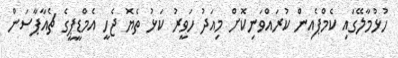
ހުޅުމާލޭގައި ކެމްޕެއިން ކުރައްވަނިކޮށް މިއަދު ހަވީރު ކަޅު ތެޔޮ ޖެހީ އެމްޑީޕީގެ ޗެއާޕާސަން